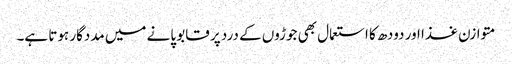
متوازن غذا اور دودھ کا استعمال بھی جوڑوں کے درد پر قابو پانے میں مددگار ہوتا ہے۔